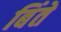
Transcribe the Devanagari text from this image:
बिंते